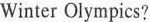
Winter Olympics?